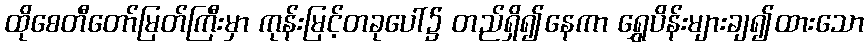
ထိုစေတီတော်မြတ်ကြီးမှာ ကုန်းမြင့်တခုပေါ်၌ တည်ရှိ၍နေကာ ရွှေပိန်းများချ၍ထားသော